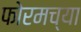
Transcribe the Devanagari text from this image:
फोरमच्या